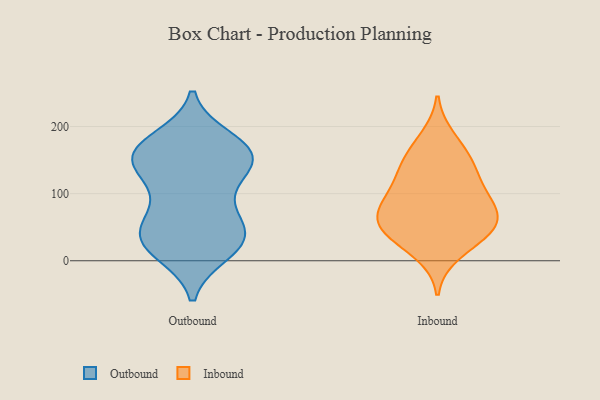
{"axis": {"x": "Net Income (USD K)", "y": "Value"}, "legend": ["Inbound", "Outbound"], "data": [{"x": "", "y": 22, "type": "Outbound"}, {"x": "", "y": 55, "type": "Outbound"}, {"x": "", "y": 49, "type": "Outbound"}, {"x": "", "y": 168, "type": "Outbound"}, {"x": "", "y": 13, "type": "Outbound"}, {"x": "", "y": 46, "type": "Outbound"}, {"x": "", "y": 88, "type": "Outbound"}, {"x": "", "y": 25, "type": "Outbound"}, {"x": "", "y": 154, "type": "Outbound"}, {"x": "", "y": 160, "type": "Outbound"}, {"x": "", "y": 180, "type": "Outbound"}, {"x": "", "y": 142, "type": "Outbound"}, {"x": "", "y": 134, "type": "Outbound"}, {"x": "", "y": 43, "type": "Outbound"}, {"x": "", "y": 151, "type": "Outbound"}, {"x": "", "y": 170, "type": "Outbound"}, {"x": "", "y": 109, "type": "Outbound"}, {"x": "", "y": 157, "type": "Outbound"}, {"x": "", "y": 21, "type": "Outbound"}, {"x": "", "y": 40, "type": "Inbound"}, {"x": "", "y": 88, "type": "Inbound"}, {"x": "", "y": 160, "type": "Inbound"}, {"x": "", "y": 53, "type": "Inbound"}, {"x": "", "y": 96, "type": "Inbound"}, {"x": "", "y": 131, "type": "Inbound"}, {"x": "", "y": 123, "type": "Inbound"}, {"x": "", "y": 80, "type": "Inbound"}, {"x": "", "y": 77, "type": "Inbound"}, {"x": "", "y": 37, "type": "Inbound"}, {"x": "", "y": 51, "type": "Inbound"}, {"x": "", "y": 145, "type": "Inbound"}, {"x": "", "y": 183, "type": "Inbound"}, {"x": "", "y": 56, "type": "Inbound"}, {"x": "", "y": 11, "type": "Inbound"}]}